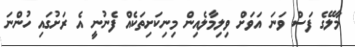
މާލޭގެ ފަސް ވަނަ އަވަށް ވިލިމާލެއިން މިނިކަށިތަކެއް ފެނުނީ އެ ރަށުގައި ހުންނަ